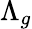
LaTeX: \Lambda_{g}